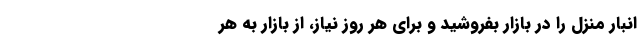
انبار منزل را در بازار بفروشید و برای هر روز نیاز، از بازار به هر